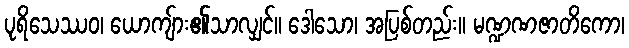
ပုရိသေဿဝ၊ ယောကျ်ား၏သာလျှင်။ ဒေါသော၊ အပြစ်တည်း။ မဏ္ဍဏဇာတိကော၊